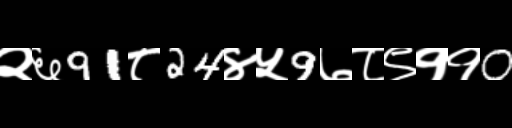
Text: २६91८24४५9७८९११0